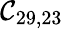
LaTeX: \mathcal{C}_{29,23}